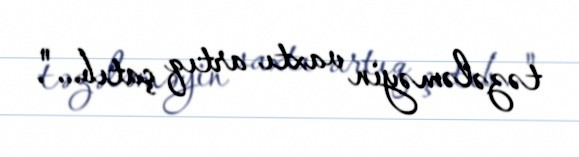
təzələməyin vaxtı artıq çatıb...".